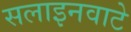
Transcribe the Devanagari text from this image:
सलाइनवाटे